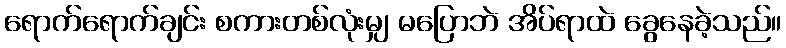
ရောက်ရောက်ချင်း စကားတစ်လုံးမျှ မပြောဘဲ အိပ်ရာထဲ ခွေနေခဲ့သည်။